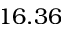
1 6 . 3 6